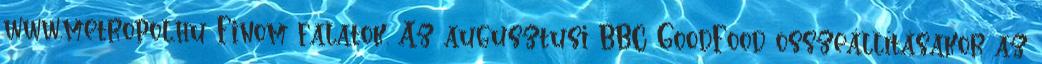
www.metropol.hu Finom falatok. Az augusztusi BBC GoodFood összeállításakor az